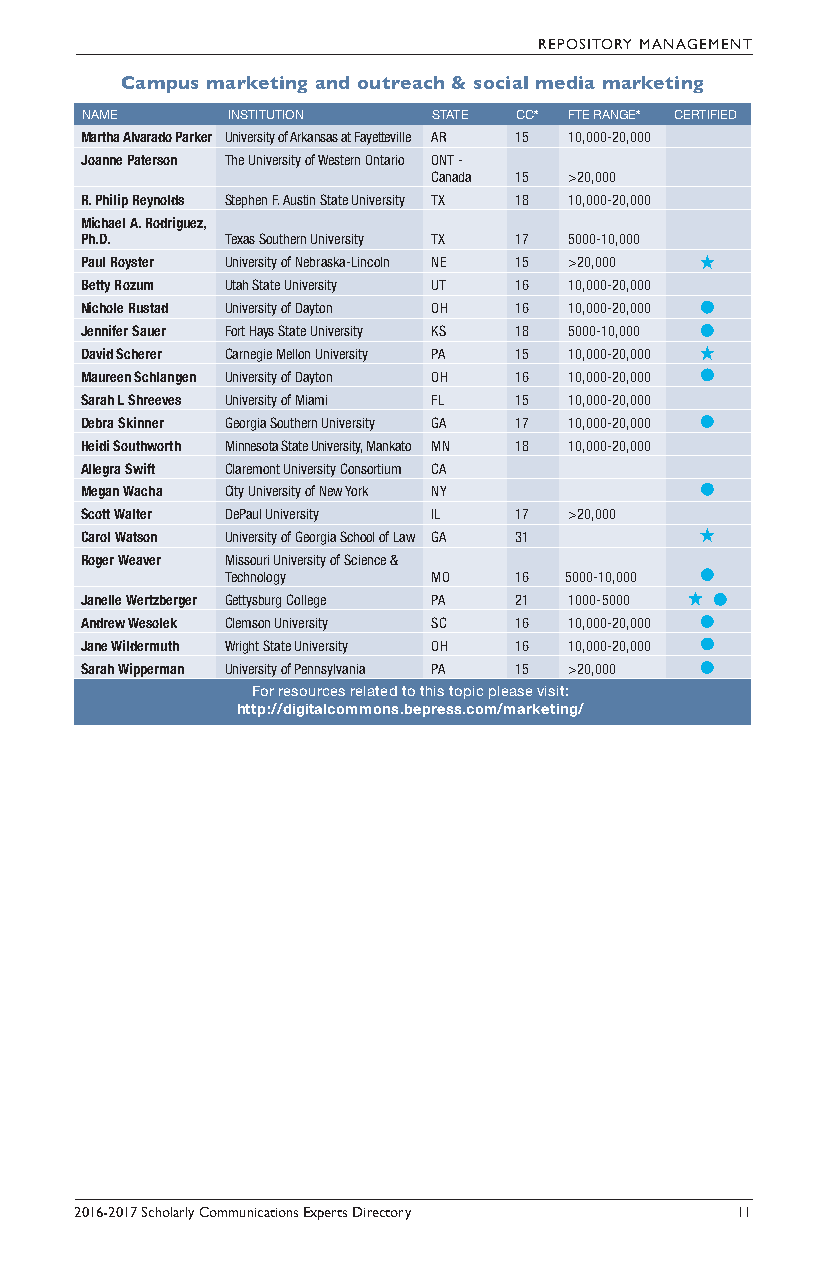
REPOSITORY MANAGEMENT
 Campus marketing and outreach & social media marketing
 NAME      INSTITUTION   STATE CC* FTE RANGE* CERTIFIED
 Martha Alvarado Parker University of Arkansas at Fayetteville AR 15 10,000-20,000
 Joanne Paterson The University of Western Ontario ONT -
 Canada 15 >20,000
 R. Philip Reynolds Stephen F. Austin State University TX 18 10,000-20,000
 Michael A. Rodriguez,
 Ph.D.     Texas Southern University TX 17 5000-10,000
 Paul Royster University of Nebraska-Lincoln NE 15 >20,000
 Betty Rozum Utah State University UT 16 10,000-20,000
 Nichole Rustad University of Dayton OH 16 10,000-20,000
 Jennifer Sauer Fort Hays State University KS 18 5000-10,000
 David Scherer Carnegie Mellon University PA 15 10,000-20,000
 Maureen Schlangen University of Dayton OH 16 10,000-20,000
 Sarah L Shreeves University of Miami FL 15 10,000-20,000
 Debra Skinner Georgia Southern University GA 17 10,000-20,000
 Heidi Southworth Minnesota State University, Mankato MN 18 10,000-20,000
 Allegra Swift Claremont University Consortium CA
 Megan Wacha City University of New York NY
 Scott Walter DePaul University IL 17 >20,000
 Carol Watson University of Georgia School of Law GA 31
 Roger Weaver Missouri University of Science &
 Technology    MO   16 5000-10,000
 Janelle Wertzberger Gettysburg College PA 21 1000-5000
 Andrew Wesolek Clemson University SC 16 10,000-20,000
 Jane Wildermuth Wright State University OH 16 10,000-20,000
 Sarah Wipperman University of Pennsylvania PA 15 >20,000
 For resources related to this topic please visit:
 http://digitalcommons.bepress.com/marketing/
 2016-2017 Scholarly Communications Experts Directory 11